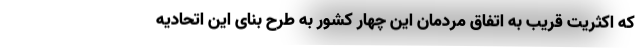
که اکثریت قریب به اتفاق مردمان این چهار کشور به طرح بنای این اتحادیه